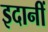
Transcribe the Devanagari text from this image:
इदानीं